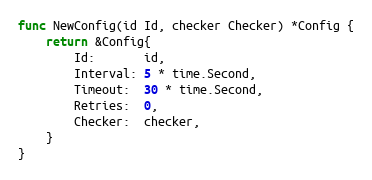
Language: Go
func NewConfig(id Id, checker Checker) *Config {
	return &Config{
		Id:       id,
		Interval: 5 * time.Second,
		Timeout:  30 * time.Second,
		Retries:  0,
		Checker:  checker,
	}
}